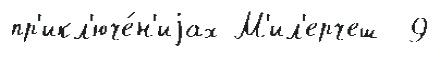
пр'икл'юче́н'иjах М'ил'ерчеш  9